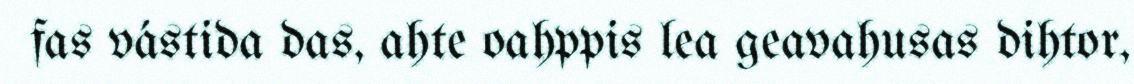
fas vástida das, ahte oahppis lea geavahusas dihtor,